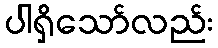
ပါရှိသော်လည်း